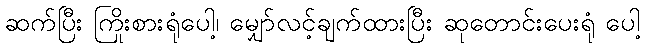
ဆက်ပြီး ကြိုးစားရုံပေါ့၊ မျှော်လင့်ချက်ထားပြီး ဆုတောင်းပေးရုံ ပေါ့